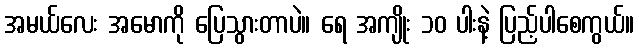
အမယ်လေး အမောကို ပြေသွားတာပဲ။ ရေ အကျိုး ၁၀ ပါးနဲ့ ပြည့်ပါစေကွယ်။